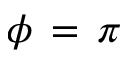
\phi \, = \, \pi